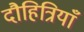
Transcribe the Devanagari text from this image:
दौहित्रियाँ